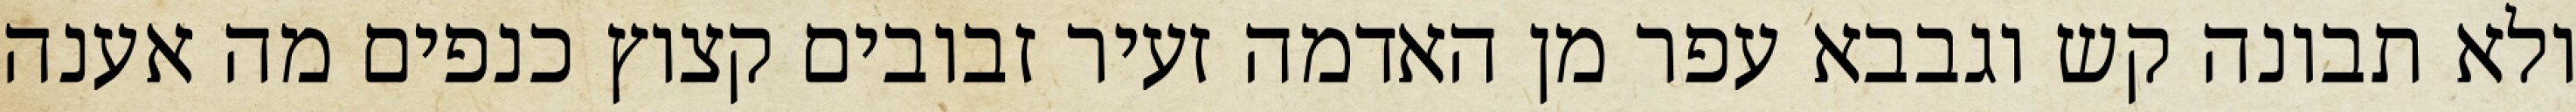
ולא תבונה קש וגבבא עפר מן האדמה זעיר זבובים קצוץ כנפים מה אענה